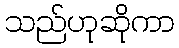
သည်ဟုဆိုကာ